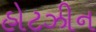
હોટઝીન